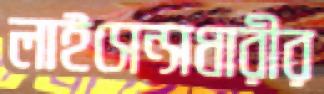
লাইসেন্সধারীর